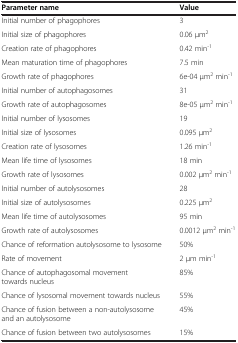
<table><thead><tr><td><b>Parameter name</b></td><td><b>Value</b></td></tr></thead><tbody><tr><td>Initial number of phagophores</td><td>3</td></tr><tr><td>Initial size of phagophores</td><td>0.06 μm<sup>2</sup></td></tr><tr><td>Creation rate of phagophores</td><td>0.42 min<sup>-1</sup></td></tr><tr><td>Mean maturation time of phagophores</td><td>7.5 min</td></tr><tr><td>Growth rate of phagophores</td><td>6e-04 μm<sup>2</sup> min<sup>-1</sup></td></tr><tr><td>Initial number of autophagosomes</td><td>31</td></tr><tr><td>Growth rate of autophagosomes</td><td>8e-05 μm<sup>2</sup> min<sup>-1</sup></td></tr><tr><td>Initial number of lysosomes</td><td>19</td></tr><tr><td>Initial size of lysosomes</td><td>0.095 μm<sup>2</sup></td></tr><tr><td>Creation rate of lysosomes</td><td>1.26 min<sup>-1</sup></td></tr><tr><td>Mean life time of lysosomes</td><td>18 min</td></tr><tr><td>Growth rate of lysosomes</td><td>0.002 μm<sup>2</sup> min<sup>-1</sup></td></tr><tr><td>Initial number of autolysosomes</td><td>28</td></tr><tr><td>Initial size of autolysosomes</td><td>0.225 μm<sup>2</sup></td></tr><tr><td>Mean life time of autolysosomes</td><td>95 min</td></tr><tr><td>Growth rate of autolysosomes</td><td>0.0012 μm<sup>2</sup> min<sup>-1</sup></td></tr><tr><td>Chance of reformation autolysosome to lysosome</td><td>50%</td></tr><tr><td>Rate of movement</td><td>2 μm min<sup>-1</sup></td></tr><tr><td>Chance of autophagosomal movement towards nucleus</td><td>85%</td></tr><tr><td>Chance of lysosomal movement towards nucleus</td><td>55%</td></tr><tr><td>Chance of fusion between a non-autolysosome and an autolysosome</td><td>45%</td></tr><tr><td>Chance of fusion between two autolysosomes</td><td>15%</td></tr></tbody></table>